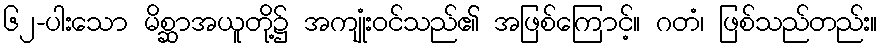
၆၂-ပါးသော မိစ္ဆာအယူတို့၌ အကျုံးဝင်သည်၏ အဖြစ်ကြောင့်။ ဂတံ၊ ဖြစ်သည်တည်း။